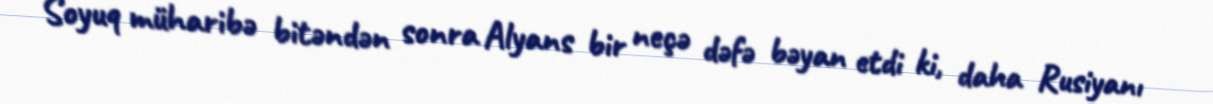
Soyuq müharibə bitəndən sonra Alyans bir neçə dəfə bəyan etdi ki, daha Rusiyanı